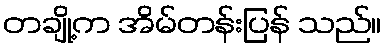
တချို့က အိမ်တန်းပြန် သည်။